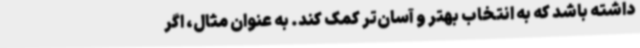
داشته باشد که به انتخاب بهتر و آسان‌تر کمک کند. به عنوان مثال، اگر